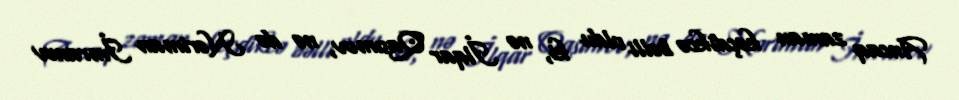
Ancaq zaman keçdikcə bəlli oldu ki, nə İlqar Qasımov, nə də Nəriman İmranov